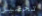
تحصيل